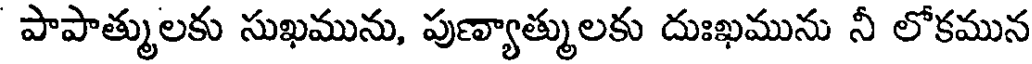
పాపాత్ములకు సుఖమును, పుణ్యాత్ములకు దుఃఖమును నీ లోకమున